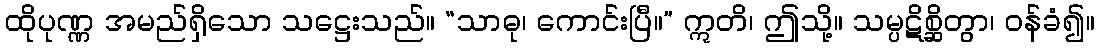
ထိုပုဏ္ဏ အမည်ရှိသော သဋ္ဌေးသည်။ “သာဓု၊ ကောင်းပြီ။” ဣတိ၊ ဤသို့။ သမ္ပဋိစ္ဆိတွာ၊ ဝန်ခံ၍။